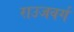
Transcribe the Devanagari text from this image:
राउजवर्ग